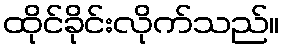
ထိုင်ခိုင်းလိုက်သည်။